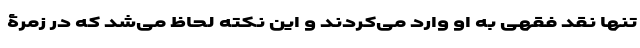
تنها نقد فقهی به او وارد می‌کردند و این نکته لحاظ می‌شد که در زمرۀ